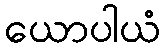
ယောပါယံ